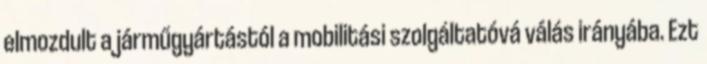
elmozdult a járműgyártástól a mobilitási szolgáltatóvá válás irányába. Ezt